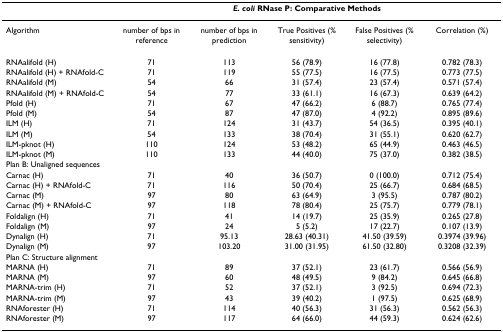
<table><thead><tr><td></td><td colspan="5"><b><i>E. coli </i>RNase P: Comparative Methods</b></td></tr></thead><tbody><tr><td>Algorithm</td><td>number of bps in reference</td><td>number of bps in prediction</td><td>True Positives (% sensitivity)</td><td>False Positives (% selectivity)</td><td>Correlation (%)</td></tr><tr><td>RNAalifold (H)</td><td>71</td><td>113</td><td>56 (78.9)</td><td>16 (77.8)</td><td>0.782 (78.3)</td></tr><tr><td>RNAalifold (H) + RNAfold-C</td><td>71</td><td>119</td><td>55 (77.5)</td><td>16 (77.5)</td><td>0.773 (77.5)</td></tr><tr><td>RNAalifold (M)</td><td>54</td><td>66</td><td>31 (57.4)</td><td>23 (57.4)</td><td>0.571 (57.4)</td></tr><tr><td>RNAalifold (M) + RNAfold-C</td><td>54</td><td>77</td><td>33 (61.1)</td><td>16 (67.3)</td><td>0.639 (64.2)</td></tr><tr><td>Pfold (H)</td><td>71</td><td>67</td><td>47 (66.2)</td><td>6 (88.7)</td><td>0.765 (77.4)</td></tr><tr><td>Pfold (M)</td><td>54</td><td>87</td><td>47 (87.0)</td><td>4 (92.2)</td><td>0.895 (89.6)</td></tr><tr><td>ILM (H)</td><td>71</td><td>124</td><td>31 (43.7)</td><td>54 (36.5)</td><td>0.395 (40.1)</td></tr><tr><td>ILM (M)</td><td>54</td><td>133</td><td>38 (70.4)</td><td>31 (55.1)</td><td>0.620 (62.7)</td></tr><tr><td>ILM-pknot (H)</td><td>110</td><td>124</td><td>53 (48.2)</td><td>65 (44.9)</td><td>0.463 (46.5)</td></tr><tr><td>ILM-pknot (M)</td><td>110</td><td>133</td><td>44 (40.0)</td><td>75 (37.0)</td><td>0.382 (38.5)</td></tr><tr><td colspan="6">Plan B: Unaligned sequences</td></tr><tr><td>Carnac (H)</td><td>71</td><td>40</td><td>36 (50.7)</td><td>0 (100.0)</td><td>0.712 (75.4)</td></tr><tr><td>Carnac (H) + RNAfold-C</td><td>71</td><td>116</td><td>50 (70.4)</td><td>25 (66.7)</td><td>0.684 (68.5)</td></tr><tr><td>Carnac (M)</td><td>97</td><td>80</td><td>63 (64.9)</td><td>3 (95.5)</td><td>0.787 (80.2)</td></tr><tr><td>Carnac (M) + RNAfold-C</td><td>97</td><td>118</td><td>78 (80.4)</td><td>25 (75.7)</td><td>0.779 (78.1)</td></tr><tr><td>Foldalign (H)</td><td>71</td><td>41</td><td>14 (19.7)</td><td>25 (35.9)</td><td>0.265 (27.8)</td></tr><tr><td>Foldalign (M)</td><td>97</td><td>24</td><td>5 (5.2)</td><td>17 (22.7)</td><td>0.107 (13.9)</td></tr><tr><td>Dynalign (H)</td><td>71</td><td>95.13</td><td>28.63 (40.31)</td><td>41.50 (39.59)</td><td>0.3974 (39.96)</td></tr><tr><td>Dynalign (M)</td><td>97</td><td>103.20</td><td>31.00 (31.95)</td><td>61.50 (32.80)</td><td>0.3208 (32.39)</td></tr><tr><td colspan="6">Plan C: Structure alignment</td></tr><tr><td>MARNA (H)</td><td>71</td><td>89</td><td>37 (52.1)</td><td>23 (61.7)</td><td>0.566 (56.9)</td></tr><tr><td>MARNA (M)</td><td>97</td><td>60</td><td>48 (49.5)</td><td>9 (84.2)</td><td>0.645 (66.8)</td></tr><tr><td>MARNA-trim (H)</td><td>71</td><td>52</td><td>37 (52.1)</td><td>3 (92.5)</td><td>0.694 (72.3)</td></tr><tr><td>MARNA-trim (M)</td><td>97</td><td>43</td><td>39 (40.2)</td><td>1 (97.5)</td><td>0.625 (68.9)</td></tr><tr><td>RNAforester (H)</td><td>71</td><td>114</td><td>40 (56.3)</td><td>31 (56.3)</td><td>0.562 (56.3)</td></tr><tr><td>RNAforester (M)</td><td>97</td><td>117</td><td>64 (66.0)</td><td>44 (59.3)</td><td>0.624 (62.6)</td></tr></tbody></table>